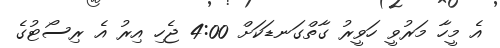
އެ މީހާ މަރުވީ ހަވީރު ގާތްގަނޑަކަށް 4:00 ޖެހި އިރު އެ ރިސޯޓުގެ